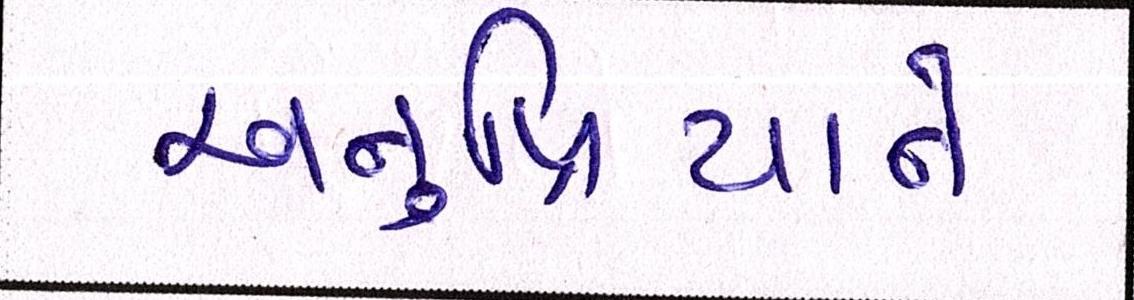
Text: અનુપ્રિયાને